King Institute of Preventive Medicine Micro-Biological Section reports 1909-11
Year: 1909
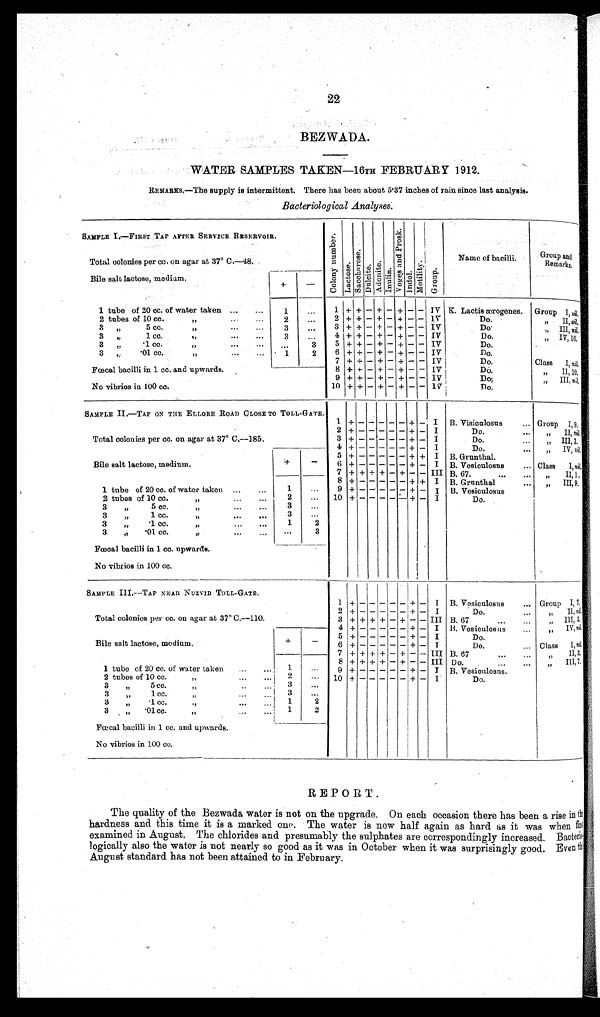
22
BEZWADA.
WATER SAMPLES TAKEN—16TH FEBRUARY 1912.
REMARKS.—The supply is intermittent. There has been about 5.37 inches of rain since last analysis.
Bacteriological Analyses.
SAMPLE I.—FIRST TAP AFTER SERVICE RESERVOIR.
Co l o n y n u mb e r . Lact os e. S a c c h a r o s e .
Dulcite. Ad o n i t e . I nul i n. V o g e s a n d P r o s k . Indol .
Mot i l i t y. Group.
Name of bacilli.
Group and
Remarks.
Total colonies per cc. on agar at 37° C.—48.
Bile salt lactose, medium.
+
-
1 tube of 20 cc. of water taken ...
...
1
...
1 + + - + - + - -
I V K. Lactis ærogenes.
Group I, ni l .
2 tubes of 10 cc. „
2
. . .
2 + + - + - +
- - IV
Do.
„ II, n i l
.
3 „ 5 cc....
...
3
...
3 + + - + - + - - IV
D o .
„ III, n i l .
3 „ 1 cc. „
3
...
4 + + - + - + - - IV
Do.
„ IV, 10.
3 „ .1
cc.
„
. . .
3
5
+ + - + - + - - IV
Do.
3 „ .01 cc. „
1
2
6
+ + - + - +
- - IV
Do.
7 + + - +
- + - - IV
Do.
Class I, nil.
Fœcal bacilli in 1 cc. and upwards.
8 + + - + - + - - IV
Do.
„ II, 10.
No vibrios in 100 cc.
9 + + - + - + - - IV
D o .
„ III, n i l .
10 + + - + - + - -
I V Do.
SAMPLE II.—TAP ON THE ELLORE ROAD CLOSE TO TOLL-GATE.
1
+ -
- - - -
+ - I B. Visiculosus
... Group I, 9.
Total colonies per cc. on agar at 37° C.—185.
2 + -
- - - - + - I
Do.
...
„ II, nil.
3 + -
- - - - + - I
Do.
„ III, 1.
4 + -
- - - - + - I
Do.
„ I V ,n
i l .
Bile salt lactose, medium.
+
-
5 + -
- - - - + + I B. Grunthal.
6 + -
- - - - + - I B. Vesiculosus
Class I, n i l
.
7 + + + + - + - - III B. 67.
„ I I , 1 .
1 tube of 20 cc. of water taken ...
....
1
...
8 + -
- - - - + +
I
B. Grunthal
„ I I I , 9 .
9 + -
- - - - +
- I B. Vesiculosus
2 tubes of 10 cc.
„
2
...
10 + -
- - - - + - I
Do.
3 „ 5 cc.
„ ...
...
3
...
3 „ 1 cc.
...
...
3
...
3 „ .1 cc.
„ ...
...
1
2
3 „ .01 cc.
„
...
...
. . .
3
Fœcal bacilli in 1 cc. upwards.
No vibrios in 100 cc.
SAMPLE III.—TAP NEAR NUZVID TOLL-GATE.
1 +
- - - - -
+
-
I B. Vesiculosus
... Group I, 7.
Total colonies per cc. on agar at 37° C.—110.
2 + -
- - - - + - I
Do.
„ I I ,
n i l
.
3 + + + + - + - - III B. 67
„ I I I , 3 .
4 + -
- - - - +
- I B. Vesiculosus
„ I V ,n
i l .
Bile salt lactose, medium.
+
-
5 + -
- - - - +
- I
Do.
6 + -
- - - - +
- I
Do.
... Class I, nil.
7 + + + + - + - - III B. 67
„ I I ,3
.
1 tube of 20 cc. of water taken
...
...
1
. . .
8 + + + + - + - - III Do.
. . .
„ III, 7.
9 + -
- - - - + - I B. Vesiculosus.
2 t ubes of 10 cc. „
2
. . .
1 0
+ -
- - - - + - I
Do.
3 „ 5 c c . „
3
...
3 „ 1 cc. „
. . .
3
...
3 „ .1 cc.
„
...
1
2
3 „ .01 cc. „
...
...
1 2
Fœcal bacilli in 1 cc. and upwards.
No vibrios in 100 cc.
REPORT.
The quality of the Bezwada water is not on the upgrade. On each occasion there has been a rise in the
hardness and this time it is a marked one. The water is now half again as hard as it was when first
examined in August. The chlorides and presumably the sulphates are correspondingly increased.
B a c t e r i o ¬ l o g i c a l l y a l s o t h e w a t e r i s n o t n e a r l y s o g o o d a s i t w a s i n O c t o b e r w h e n i t w a s s u r p r i s i n g l y g o o d . E v e n t h e
August standard has not been attained to in February.